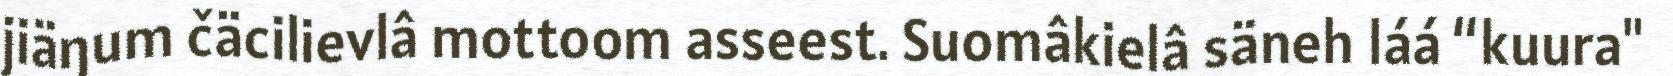
jiäŋum čäcilievlâ mottoom asseest. Suomâkielâ säneh láá “kuura"